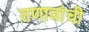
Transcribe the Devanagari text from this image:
तणावांची